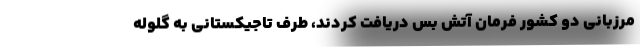
مرزبانی دو کشور فرمان آتش بس دریافت کردند، طرف تاجیکستانی به گلوله